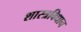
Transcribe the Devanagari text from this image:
शास्त्रविधान